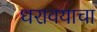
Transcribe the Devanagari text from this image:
धरावयाचा